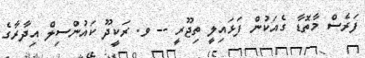
ފަރެސް މާތޮޑާ ގެއަކުން ފަޅައިލީ ތިޖޫރީ -- ވ. ރަކީދޫ ކައުންސިލް އިދާރާގެ